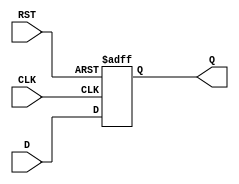
module stage_register (
    input wire D,        // Data Input
    input wire CLK,      // Clock Input
    input wire RST,      // Asynchronous Reset
    output reg Q         // Data Output
);

// Always block for the register functionality
always @(posedge CLK or posedge RST) begin
    if (RST) begin
        Q <= 1'b0;      // Set Q to 0 on reset
    end else begin
        Q <= D;         // Capture D on the rising edge of CLK
    end
end

endmodule